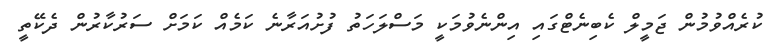
ކުރެއްވުމުން ޖަމީލް ކެބިނެޓްގައި އިންނެވުމަކީ މަސްލަހަތު ފުށުއަރާނެ ކަމެއް ކަމަށް ސަރުކާރުން ދެކޭތީ